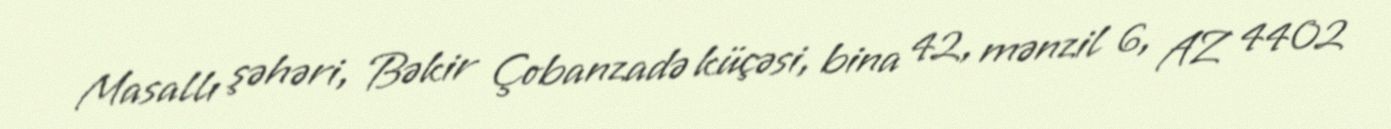
Masallı şəhəri, Bəkir Çobanzadə küçəsi, bina 42, mənzil 6, AZ 4402